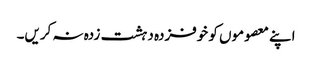
اپنے معصوموں کو خوفزدہ دہشت زدہ نہ کریں۔